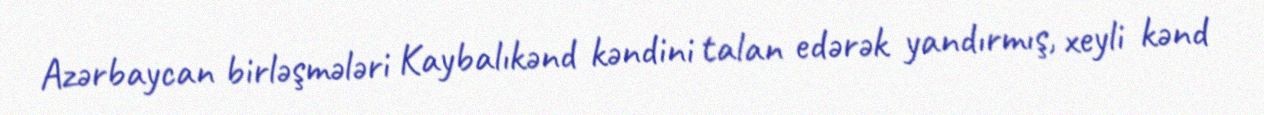
Azərbaycan birləşmələri Kaybalıkənd kəndini talan edərək yandırmış, xeyli kənd